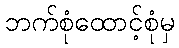
ဘက်စုံထောင့်စုံမှ